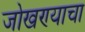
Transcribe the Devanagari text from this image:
जोखण्याचा